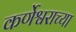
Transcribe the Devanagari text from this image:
कर्णेश्वराच्या